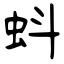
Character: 蚪